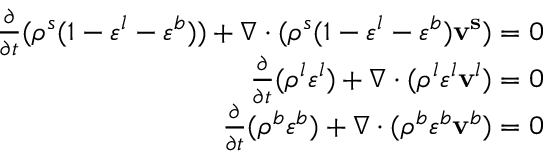
\begin{array} { r } { \frac { \partial } { \partial t } ( \rho ^ { s } ( 1 - \varepsilon ^ { l } - \varepsilon ^ { b } ) ) + \nabla \cdot ( \rho ^ { s } ( 1 - \varepsilon ^ { l } - \varepsilon ^ { b } ) \mathbf { v ^ { s } } ) = 0 } \\ { \frac { \partial } { \partial t } ( \rho ^ { l } \varepsilon ^ { l } ) + \nabla \cdot ( \rho ^ { l } \varepsilon ^ { l } \mathbf { v } ^ { l } ) = 0 } \\ { \frac { \partial } { \partial t } ( \rho ^ { b } \varepsilon ^ { b } ) + \nabla \cdot ( \rho ^ { b } \varepsilon ^ { b } \mathbf { v } ^ { b } ) = 0 } \end{array}